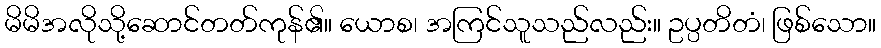
မိမိအလိုသို့ဆောင်တတ်ကုန်၏။ ယောစ၊ အကြင်သူသည်လည်း။ ဥပ္ပတိတံ၊ ဖြစ်သော။